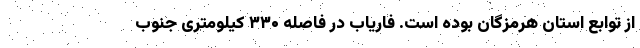
از توابع استان هرمزگان بوده است. فاریاب در فاصله ۳۳۰ کیلومتری جنوب